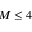
M \leq 4